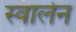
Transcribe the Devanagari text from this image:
स्वालेन